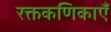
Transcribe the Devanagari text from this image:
रक्तकणिकाएँ